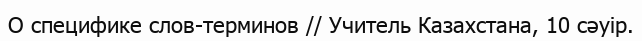
О специфике слов-терминов // Учитель Казахстана, 10 сәуір.